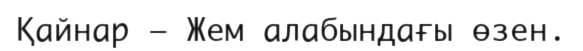
Қайнар — Жем алабындағы өзен.